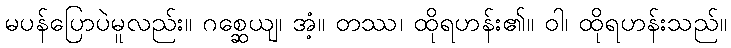
မပန်ပြောပဲမူလည်း။ ဂစ္ဆေယျ၊ အံ့။ တဿ၊ ထိုရဟန်း၏။ ဝါ၊ ထိုရဟန်းသည်။